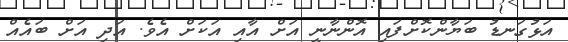
އަޅުގަނޑު ބަޔާންކޮށްފައި އޮންނާނީ އަށް އާއި އަކަށް އެވެ. އަދި އަށް ބައެއް